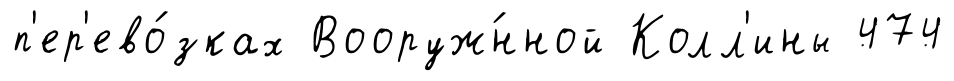
п'ер'ево́зках Вооруж́нной Колл'ины 474